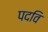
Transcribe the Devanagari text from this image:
पदवि